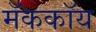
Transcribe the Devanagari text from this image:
मॅककॉय